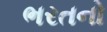
ભરતનો